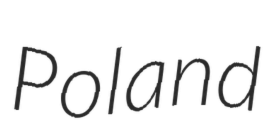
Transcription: Poland